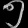
Digit: ၅